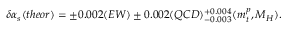
\delta \alpha _ { s } ( t h e o r ) = \pm 0 . 0 0 2 ( E W ) \pm 0 . 0 0 2 ( Q C D ) _ { - 0 . 0 0 3 } ^ { + 0 . 0 0 4 } ( m _ { t } ^ { p } , M _ { H } ) .